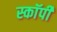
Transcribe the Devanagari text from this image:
स्काॅर्पी